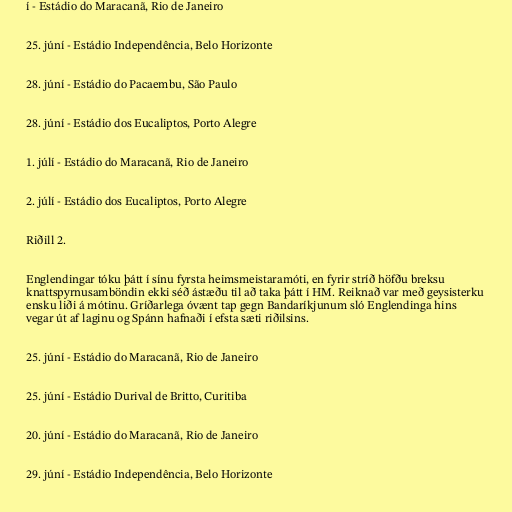
í - Estádio do Maracanã, Rio de Janeiro

25. júní - Estádio Independência, Belo Horizonte

28. júní - Estádio do Pacaembu, São Paulo

28. júní - Estádio dos Eucaliptos, Porto Alegre

1. júlí - Estádio do Maracanã, Rio de Janeiro

2. júlí - Estádio dos Eucaliptos, Porto Alegre

Riðill 2.

Englendingar tóku þátt í sínu fyrsta heimsmeistaramóti, en fyrir stríð höfðu breksu
knattspyrnusamböndin ekki séð ástæðu til að taka þátt í HM. Reiknað var með geysisterku
ensku liði á mótinu. Gríðarlega óvænt tap gegn Bandaríkjunum sló Englendinga hins
vegar út af laginu og Spánn hafnaði í efsta sæti riðilsins.

25. júní - Estádio do Maracanã, Rio de Janeiro

25. júní - Estádio Durival de Britto, Curitiba

20. júní - Estádio do Maracanã, Rio de Janeiro

29. júní - Estádio Independência, Belo Horizonte